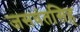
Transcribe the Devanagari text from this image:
जसवंतसिह